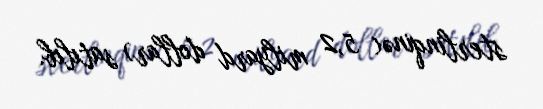
sterlinqinə( 5,2 milyard dollar) satılıb.